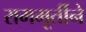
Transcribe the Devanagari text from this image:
राममूर्तीने